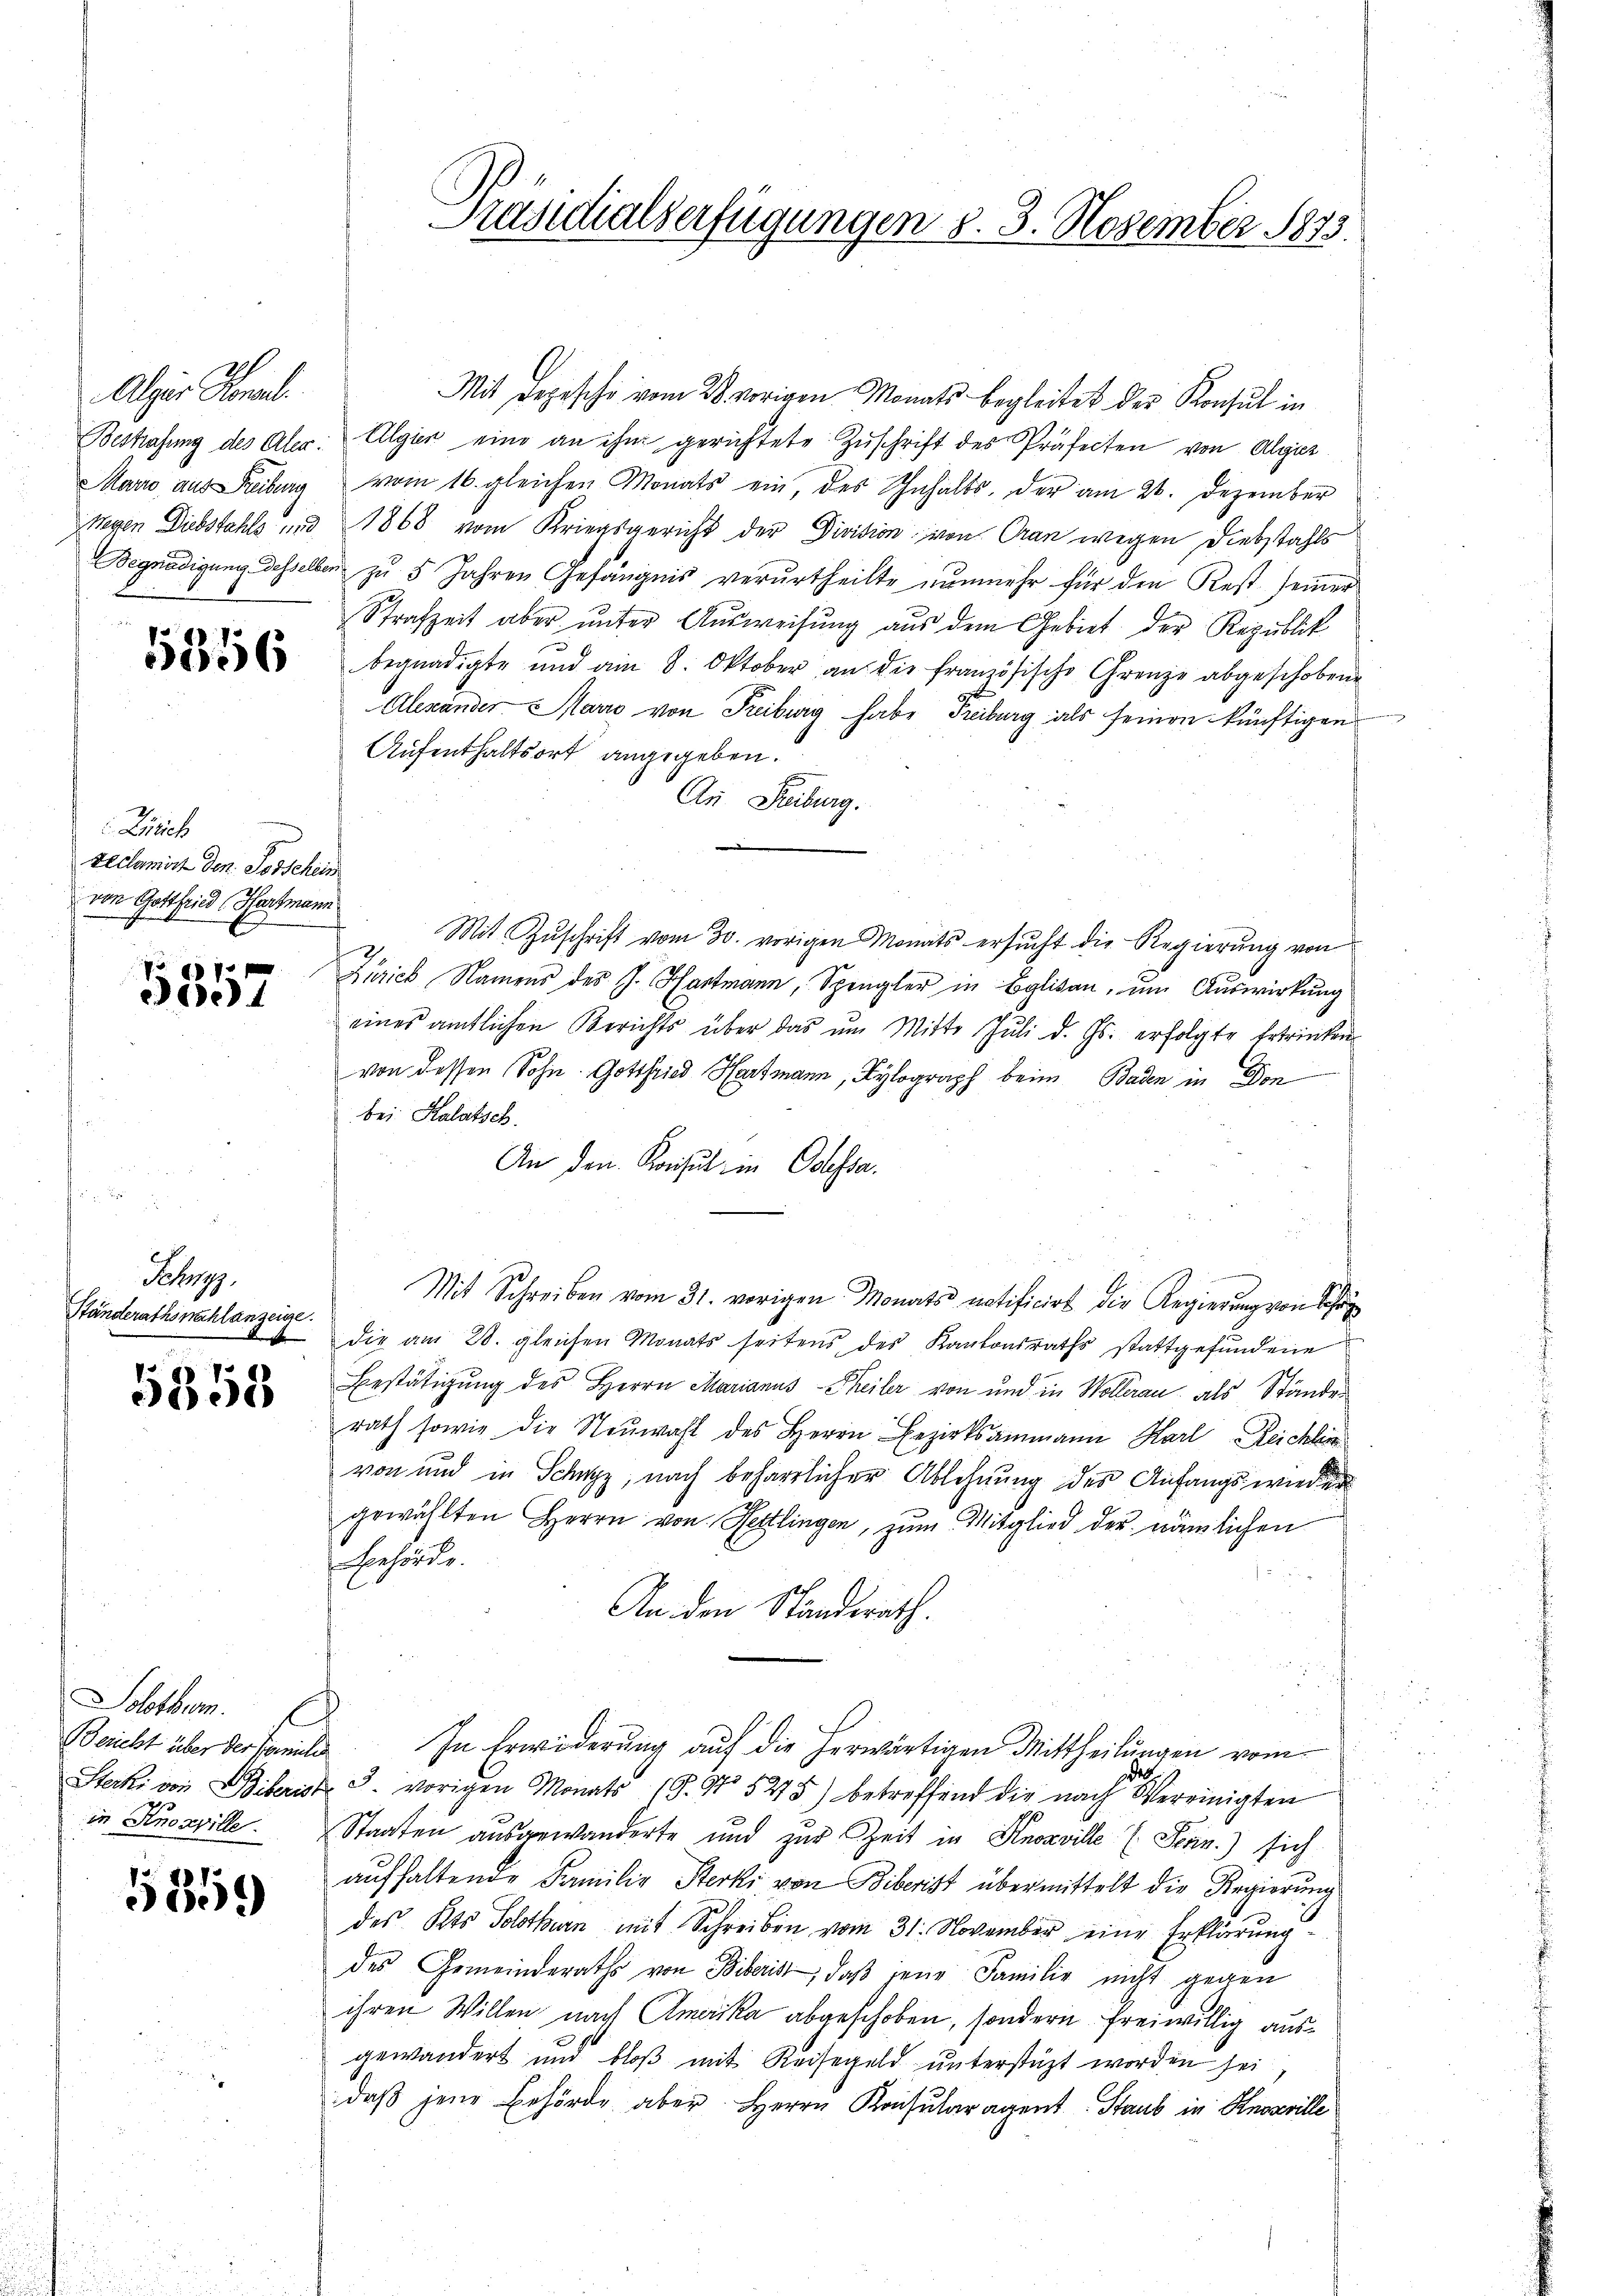
Alger Kanal
Marro aus Freiburg

15356

Zürich
teclamirt den Todschein
von Gottfried Hartmann

5557

Ripp
Ständerathswahl anzeige.

5358

Solothur
Bericht über der Famili

5359

Präsidialverfügungen §. 3. November 1873.

Mit Depesche vom 28. vorigen Monats begleitet der Konsul in
Bestrafung des Aler: Algien eine an ihm gerichtete Zŭschrift des Präfecten von Algier
vom 16. gleichen Monats ein, des Inhalts, der am 21. Dezember
Wegen Diebstahls und 1868 vom Kriegsgericht der Division von Cran wegen Diebstahls
Begnadigung desselben zu 5 Jahren Gefängnis verurtheilte nŭnmehr für die Rest seiner
Strafzeit aber unter Ausweisung aus dem Gebiet der Republik
begnadigte und am 8. Oktober an die französische Grenze abgeschobene
Alexander Marie von Freiburg habe Freiburg als seinen künftigen
Aufenthaltsort angegeben.
An Freiburg.
Mit Zŭschrift vom 30. vorigen Monats ersŭcht die Regierŭng von
Zürich Namens des J. Hartmann, Spengler in Eglisau, um Auswirkung
eines amtlichen Berichts über das um Mitte Juli d. Js. erfolgte Ertrinken
von dessen Sohn Gottfried Hartmann, Kylograph beim Baden in Don
bei Kalatsch.
An den Konsul in Odessa.
Mit Schreiben vom 31. vorigen Monats notificirt die Regierung von Schr
die am 28. gleichen Monats seitens des Kantonsraths stattgefundene
Bestätigung des Herrn Marianus-Theiler von und in Wollerau als Ständer
rath sowie die Neuwahl des Herrn Bezirksammann Karl Reichlie
von und in Schwyz, nach beharrlicher Ablehnung des Anfangs wieder
gewählten Herrn von Hettlingen, zum Mitglied der nämlichen
Behörde.
An den Standerath.
u
In Erwiderung auf die herwärtigen Mittheilungen vom
e
Stecki von Biberist S. vorigen Monats 18. No. 5275) betreffend die nach Vereinigten
in Knosville. Staaten ausgewanderte und zur Zeit in Knosville E. Stain.) sich
aufhaltende Familie Sterki von Biberist übermittelt die Regierung
des Kts. Solothurn mit Schreiben vom 31. November eine Erklärung
des Gemeinderaths von Biberist, daß jene Familie nicht gegen
ihren Willen nach Amerika abgeschoben, sondern freiwillig ausgewandert und bloβ mit Reisegeld unterstüzt worden sei,
daβ jene Behörde aber Herrn Konsularagent. Staub in Knosville